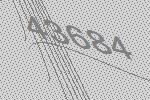
43684